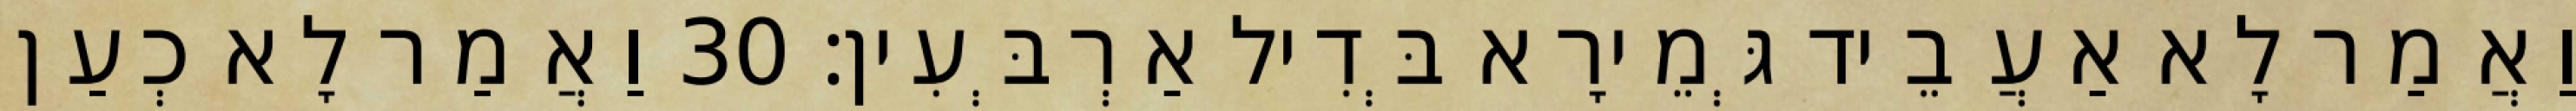
וַאֲמַר לָא אַעֲבֵיד גְּמֵירָא בְּדִיל אַרְבְּעִין׃ 30 וַאֲמַר לָא כְעַן